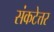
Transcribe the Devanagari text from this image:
संकटेत्तर